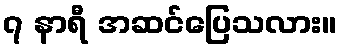
၇ နာရီ အဆင်ပြေသလား။